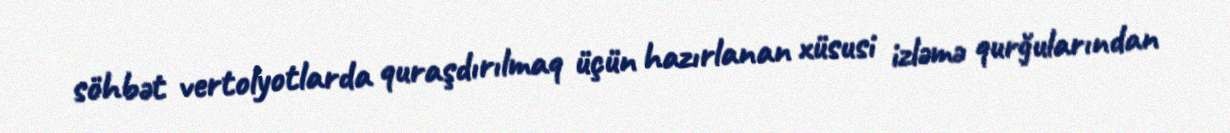
söhbət vertolyotlarda quraşdırılmaq üçün hazırlanan xüsusi izləmə qurğularından